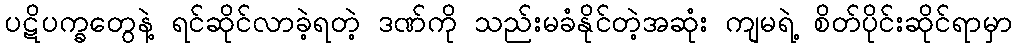
ပဋိပက္ခတွေနဲ့ ရင်ဆိုင်လာခဲ့ရတဲ့ ဒဏ်ကို သည်းမခံနိုင်တဲ့အဆုံး ကျမရဲ့ စိတ်ပိုင်းဆိုင်ရာမှာ